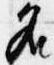
名